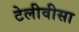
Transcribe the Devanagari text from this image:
टेलीवीसा